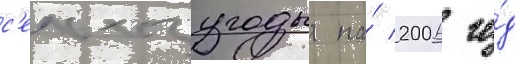
с'ельхозугодья на́ 2006 го́д